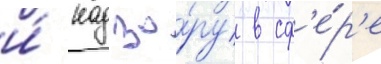
и́ надзо́ру в сф'е́р'е